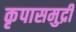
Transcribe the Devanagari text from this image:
कृपासमुद्री